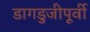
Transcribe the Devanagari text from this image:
डागडुजीपूर्वी